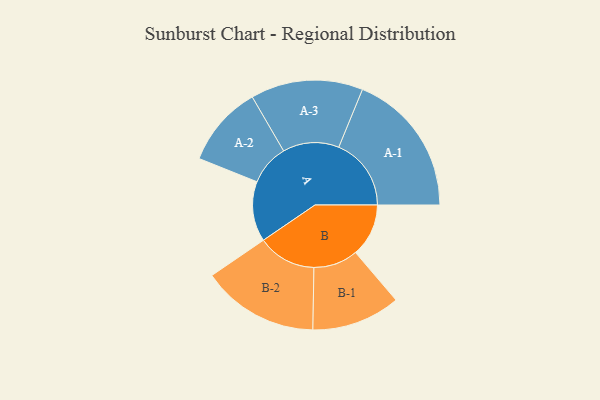
{"axis": {"x": "Segment", "y": "Value"}, "legend": ["", "A", "B"], "data": [{"x": "A", "y": 229, "type": ""}, {"x": "B", "y": 202, "type": ""}, {"x": "A-1", "y": 276, "type": "A"}, {"x": "A-2", "y": 155, "type": "A"}, {"x": "A-3", "y": 214, "type": "A"}, {"x": "B-1", "y": 169, "type": "B"}, {"x": "B-2", "y": 223, "type": "B"}]}